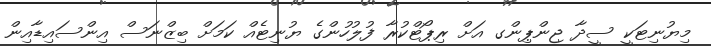
މިޔުނިޓަކީ ސީދާ ޖިންޕިންގ އަށް ރިޕޯޓްކުރާ ފުލުހުންގެ ޔުނިޓެއް ކަމަށް ބިޒްނަސް އިންސައިޑާއިން